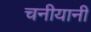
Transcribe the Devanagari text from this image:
चनीयानी